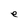
Character: e